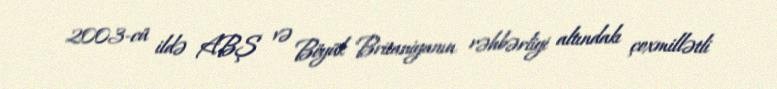
2003-cü ildə ABŞ və Böyük Britaniyanın rəhbərliyi altındakı çoxmillətli